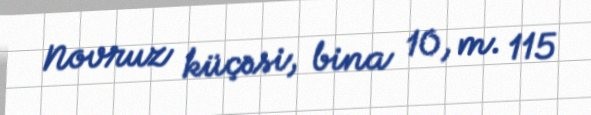
Novruz küçəsi, bina 10, m. 115